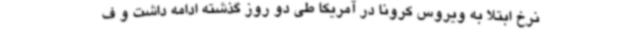
نرخ ابتلا به ویروس کرونا در آمریکا طی دو روز گذشته ادامه داشت و ف